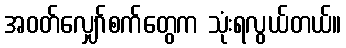
အဝတ်လျှော်စက်တွေက သုံးရလွယ်တယ်။